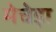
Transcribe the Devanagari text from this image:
मेचेड़ा